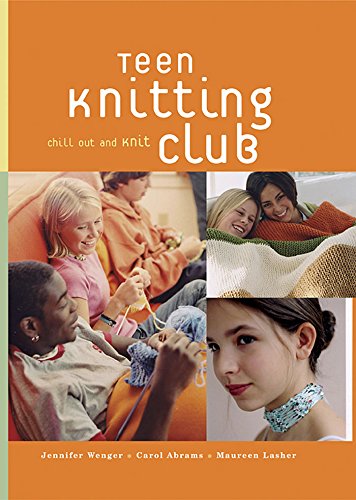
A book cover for Teen Knitting Club: Chill Out and Knit; Jennifer Wenger; Teen & Young Adult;